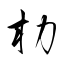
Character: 朸